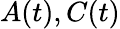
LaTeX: {\mathbf{}}A(t),C(t)